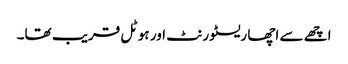
اچھے سے اچھا ریسٹورنٹ اور ہوٹل قریب تھا۔